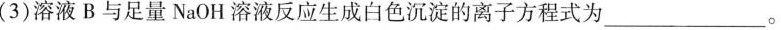
3)溶液B与足量NaOH溶液反应生成白色沉淀的离子方程式为___。